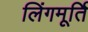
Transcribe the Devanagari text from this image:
लिंगमूर्ति